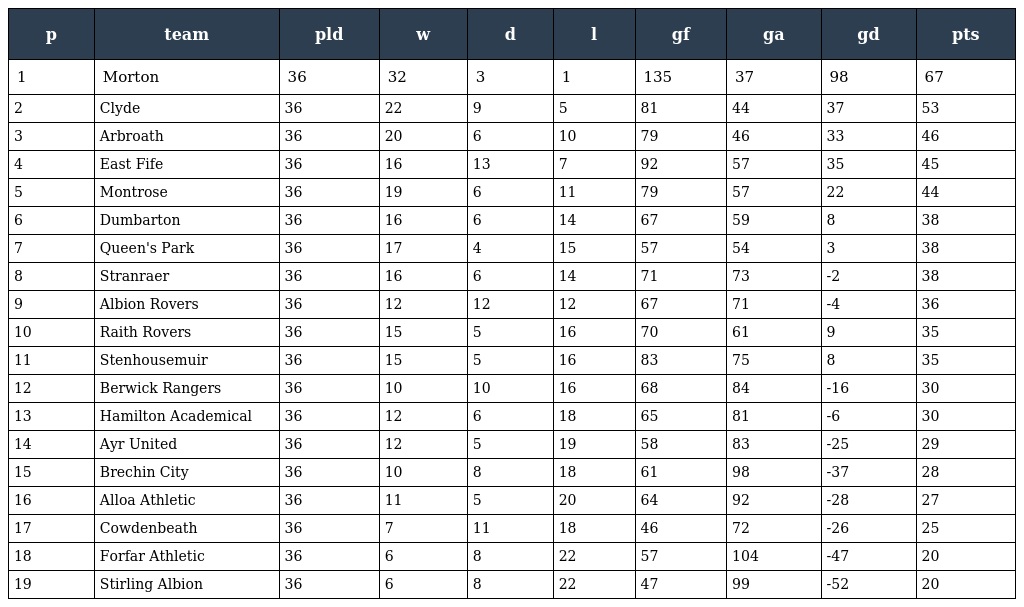
| p | team | pld | w | d | l | gf | ga | gd | pts |
 | --- | --- | --- | --- | --- | --- | --- | --- | --- | --- |
 | 1 | Morton | 36 | 32 | 3 | 1 | 135 | 37 | 98 | 67 |
 | 2 | Clyde | 36 | 22 | 9 | 5 | 81 | 44 | 37 | 53 |
 | 3 | Arbroath | 36 | 20 | 6 | 10 | 79 | 46 | 33 | 46 |
 | 4 | East Fife | 36 | 16 | 13 | 7 | 92 | 57 | 35 | 45 |
 | 5 | Montrose | 36 | 19 | 6 | 11 | 79 | 57 | 22 | 44 |
 | 6 | Dumbarton | 36 | 16 | 6 | 14 | 67 | 59 | 8 | 38 |
 | 7 | Queen's Park | 36 | 17 | 4 | 15 | 57 | 54 | 3 | 38 |
 | 8 | Stranraer | 36 | 16 | 6 | 14 | 71 | 73 | -2 | 38 |
 | 9 | Albion Rovers | 36 | 12 | 12 | 12 | 67 | 71 | -4 | 36 |
 | 10 | Raith Rovers | 36 | 15 | 5 | 16 | 70 | 61 | 9 | 35 |
 | 11 | Stenhousemuir | 36 | 15 | 5 | 16 | 83 | 75 | 8 | 35 |
 | 12 | Berwick Rangers | 36 | 10 | 10 | 16 | 68 | 84 | -16 | 30 |
 | 13 | Hamilton Academical | 36 | 12 | 6 | 18 | 65 | 81 | -6 | 30 |
 | 14 | Ayr United | 36 | 12 | 5 | 19 | 58 | 83 | -25 | 29 |
 | 15 | Brechin City | 36 | 10 | 8 | 18 | 61 | 98 | -37 | 28 |
 | 16 | Alloa Athletic | 36 | 11 | 5 | 20 | 64 | 92 | -28 | 27 |
 | 17 | Cowdenbeath | 36 | 7 | 11 | 18 | 46 | 72 | -26 | 25 |
 | 18 | Forfar Athletic | 36 | 6 | 8 | 22 | 57 | 104 | -47 | 20 |
 | 19 | Stirling Albion | 36 | 6 | 8 | 22 | 47 | 99 | -52 | 20 |